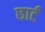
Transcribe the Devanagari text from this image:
छार्ट